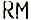
RM